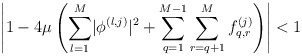
\begin{align*} \left\lvert 1-4 \mu\left(\sum_{l=1}^{M}\lvert\phi^{\left(l,j\right)}\rvert^2+\sum_{q=1}^{M-1}\sum_{r=q+1}^{M}f_{q,r}^{\left(j\right)}\right)\right\rvert<1\end{align*}